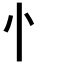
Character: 忄